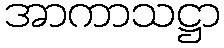
အာကာသဋ္ဌာ